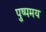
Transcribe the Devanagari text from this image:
पुष्पमय